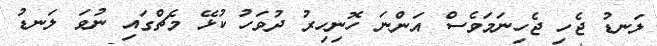
ލަނޑު ޖެހި ޖެހިނަމަވެސް އަންނަ ހޮނިހިރު ދުވަހު ކުޅޭ މެޗްގައި ނުވަ ލަނޑު